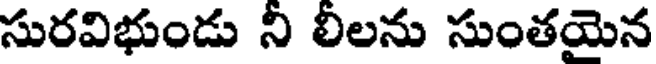
సురవిభుండు ని లిలను సుంతయెన